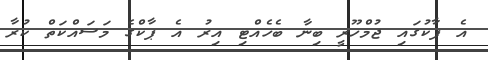
އެ ޕާކުގައި ޖުމްހޫރީ ބިނާ ބެހެއްޓި އިރު އެ ޕާކްގެ މަސައްކަތް ކުރާ